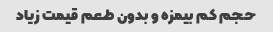
حجم کم بیمزه و بدون طعم قیمت زیاد